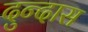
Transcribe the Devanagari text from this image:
दुन्दास